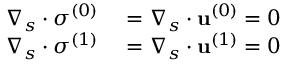
\begin{array} { r l } { \boldsymbol { \nabla } _ { s } \boldsymbol { \cdot } { \boldsymbol { \sigma } ^ { ( 0 ) } } } & { { } = \boldsymbol { \nabla } _ { s } \boldsymbol { \cdot } \mathbf { u } ^ { ( 0 ) } = 0 } \\ { \boldsymbol { \nabla } _ { s } \boldsymbol { \cdot } { \boldsymbol { \sigma } ^ { ( 1 ) } } } & { { } = \boldsymbol { \nabla } _ { s } \boldsymbol { \cdot } \mathbf { u } ^ { ( 1 ) } = 0 } \end{array}